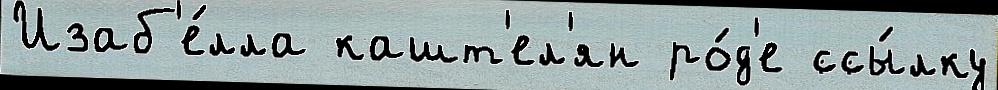
Изаб'е́лла кашт'ел'ян ро́д'е ссы́лку